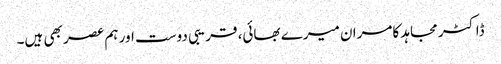
ڈاکٹر مجاہد کامران میرے بھائی، قریبی دوست اور ہم عصر بھی ہیں۔